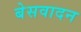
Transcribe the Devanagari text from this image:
बेसवादन